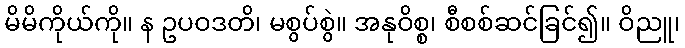
မိမိကိုယ်ကို။ န ဥပဝဒတိ၊ မစွပ်စွဲ။ အနုဝိစ္စ၊ စီစစ်ဆင်ခြင်၍။ ဝိညူ၊